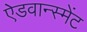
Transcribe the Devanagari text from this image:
ऐडवान्स्मेंट